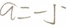
a = - 5